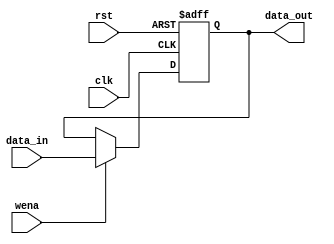
///////////////////////////////////////////////////////////////////////////////
// Type: Module
// Project: MIPS Pipeline CPU 54 Instructions
///////////////////////////////////////////////////////////////////////////////

`timescale 1ns / 1ns

module register(
    input clk, 
    input rst, 
    input wena, 
    input [31:0] data_in, 
    output [31:0] data_out 
    );

    reg [31:0] data;

    always @ (posedge clk or posedge rst)
    begin
        if(rst == 1) begin
            data <= 0;
        end

        else if(wena == 1) begin
            data <= data_in;
        end
    end
    
    assign data_out = data;

endmodule